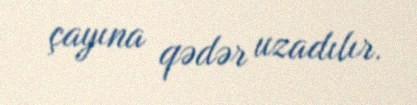
çayına qədər uzadılır.